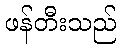
ဖန်တီးသည်